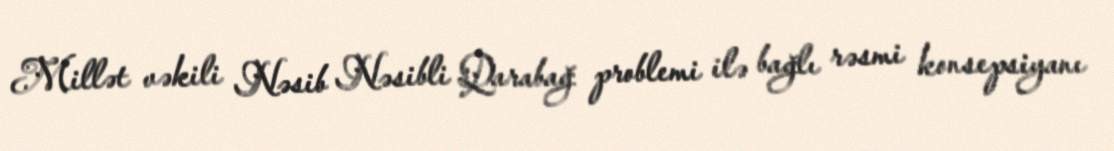
Millət vəkili Nəsib Nəsibli Qarabağ problemi ilə bağlı rəsmi konsepsiyanı